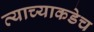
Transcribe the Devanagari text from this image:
त्याच्याकडेच